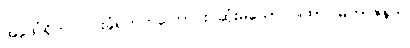
အဖေါ်ရှိက ငြင်းခုံရတတ်ကြောင်း ဆုံးမသော ဂါထာ၊ မဟာဇနက